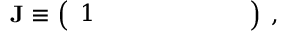
\begin{array} { r } { { \bf J } \equiv \left( \begin{array} { l l l l l l l } { 1 } & { } & { } & { } & { } & { } & { } \end{array} \right) \; , } \end{array}